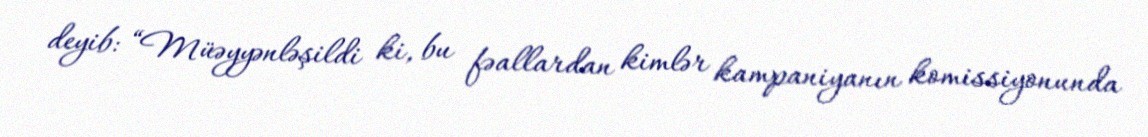
deyib: “Müəyyənləşildi ki, bu fəallardan kimlər kampaniyanın komissiyonunda